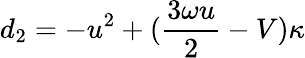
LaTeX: d_{2}=-u^{2}+(\frac{3\omega u}{2}-V)\kappa